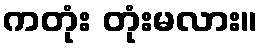
ကတုံး တုံးမလား။